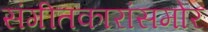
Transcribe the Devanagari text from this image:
संगीतकारांसमोर